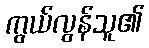
ကွယ်လွန်သူ၏